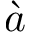
\grave { a }